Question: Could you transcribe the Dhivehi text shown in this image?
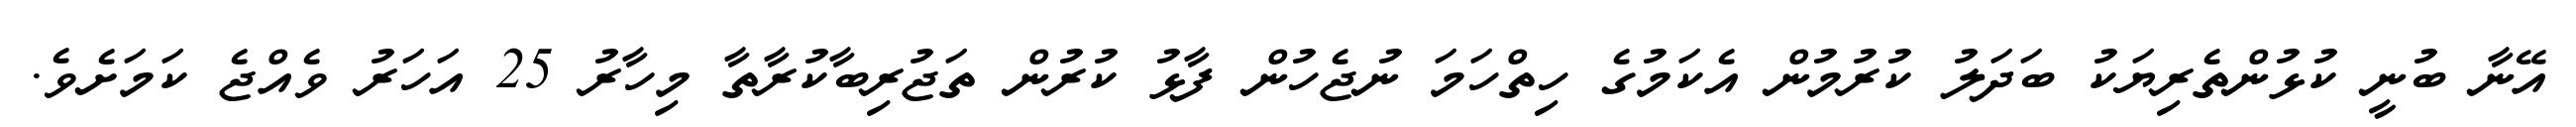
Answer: އޭނާ ބުނީ ކުޅުންތެރިޔަކު ބަދަލު ކުރުމުން އެކަމުގެ ހިތްހަމަ ނުޖެހުން ފާޅު ކުރުން ތަޖުރިބާކުރާތާ މިހާރު 25 އަހަރު ވެއްޖެ ކަމަށެވެ.